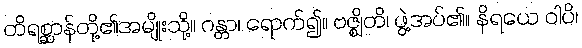
တိရစ္ဆာန်တို့၏အမျိုးသို့။ ဂန္တာ၊ ရောက်၍။ ဗဇ္ဈိတိ၊ ဖွဲ့အပ်၏။ နိရယေ ဝါပိ၊